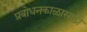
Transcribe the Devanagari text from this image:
प्रबोधनकाळासाठी